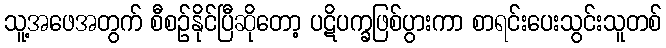
သူ့အဖေအတွက် စီစဉ်နိုင်ပြီဆိုတော့ ပဋိပက္ခဖြစ်ပွားကာ စာရင်းပေးသွင်းသူတစ်